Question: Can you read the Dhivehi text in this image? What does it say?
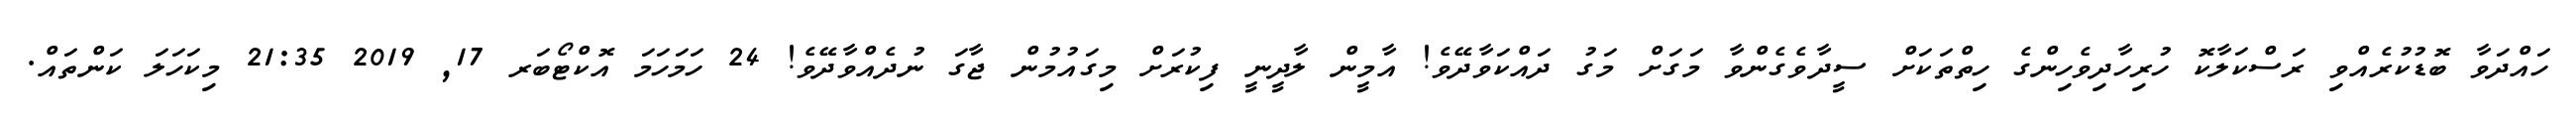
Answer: ހައްދަވާ ބޮޑުކުރެއްވި ރަސްކަލާކޮ ހުރިހާދިވެހިންގެ ހިތްތަކަށް ސީދާވެގެންވާ މަގަށް މަގު ދައްކަވާދޭވެ! އާމީން ލާދީނީ ފިކުރަށް މިގައުމުން ޖާގަ ނުދެއްވާދޭވެ! 24 ހަމަހަމަ އޮކްޓޯބަރ 17, 2019 21:35 މިކަހަލަ ކަންތައް.